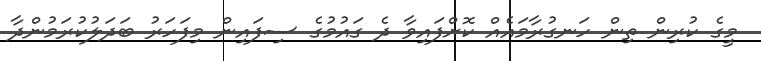
މީގެ ކުރިން ތިން ހަނގުރާމައެއް ކޮށްފައިވާ ދެ ގައުމުގެ ސިފައިން މިފަހަރު ބަދަލުކުރަމުންދާ